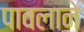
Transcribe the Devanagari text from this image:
पावलाने